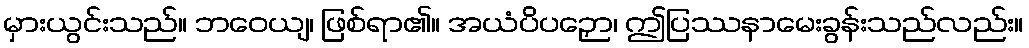
မှားယွင်းသည်။ ဘဝေယျ၊ ဖြစ်ရာ၏။ အယံပိပဉှော၊ ဤပြဿနာမေးခွန်းသည်လည်း။